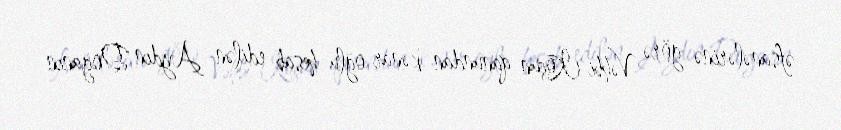
əfsanələrinə görə Vəhbi Koçun qanundan kənar oğlu hesab edilən Aydın Doğanın